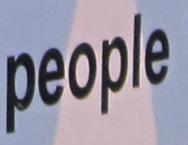
people